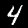
Digit: 4